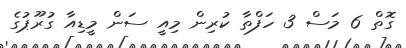
ގޮތް 6 މަސް 3 ހަފްތާ ކުރިން މިއީ ސަން މީޑިއާ ގުރޫޕުގެ